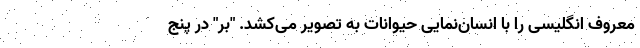
معروف انگلیسی را با انسان‌نمایی حیوانات به تصویر می‌کشد. "بر" در پنج